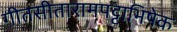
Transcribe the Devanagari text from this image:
गीतसीतारामपट्टाभिषेक